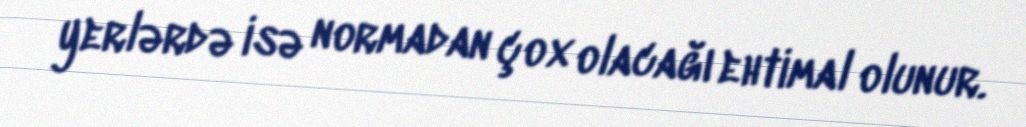
yerlərdə isə normadan çox olacağı ehtimal olunur.